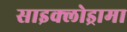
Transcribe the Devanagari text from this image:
साइक्लोड्रामा